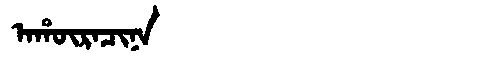
Manchu: ᠠᡥᡡᡵᠠᠴᡳᠨᠠ
Romanization: AHŪRACINA